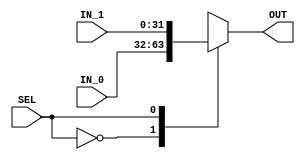

module MUX  #(parameter MUX_SIZE = 32)
(
 input   wire   [MUX_SIZE - 1 : 0]     IN_0,
 input   wire   [MUX_SIZE - 1 : 0]     IN_1,
 input   wire                          SEL,
 output  reg    [MUX_SIZE - 1 : 0]     OUT 
 );

 
  always @ (*)
    begin
     case(SEL)
	  1'b0 :  OUT = IN_0 ;       
	  1'b1 :  OUT = IN_1 ;     		
     endcase        	   
  end
 
 
endmodule